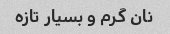
نان گرم و بسیار تازه